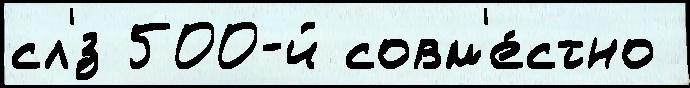
сл'́з 500-й совм'е́стно